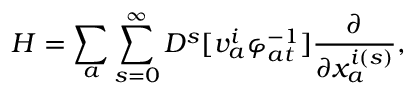
{ \cal H } = \sum _ { a } \sum _ { s = 0 } ^ { \infty } D ^ { s } [ v _ { a } ^ { i } \varphi _ { a t } ^ { - 1 } ] \frac { \partial } { \partial x _ { a } ^ { i ( s ) } } ,